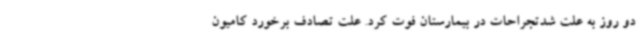
دو روز به علت شدتجراحات در بیمارستان فوت کرد. علت تصادف برخورد کامیون